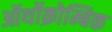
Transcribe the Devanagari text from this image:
ऑर्थोक्रोम्बिक